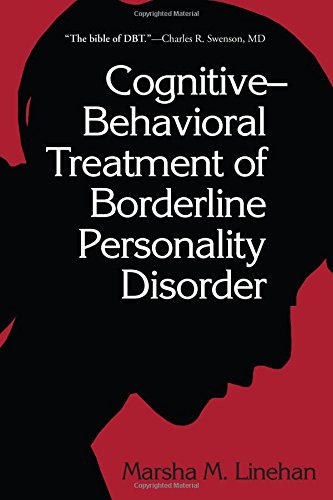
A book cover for Cognitive-Behavioral Treatment of Borderline Personality Disorder; Marsha Linehan; Medical Books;